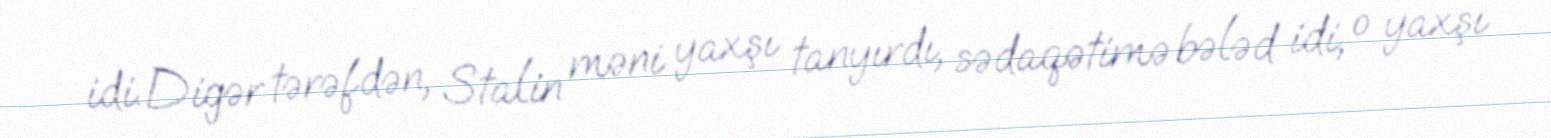
idi. Digər tərəfdən, Stalin məni yaxşı tanyırdı, sədaqətimə bələd idi, o yaxşı